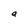
Character: a